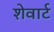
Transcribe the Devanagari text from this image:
शेवार्ट